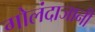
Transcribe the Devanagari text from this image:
गोलंदाजानी